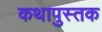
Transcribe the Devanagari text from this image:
कथापुस्तक